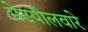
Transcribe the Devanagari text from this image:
मेटपीलवारे